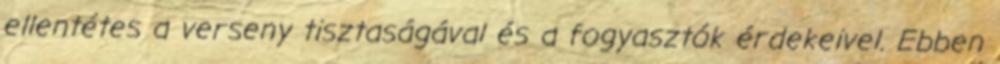
ellentétes a verseny tisztaságával és a fogyasztók érdekeivel. Ebben